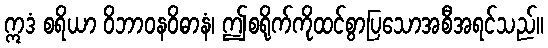
ဣဒံ စရိယာ ဝိဘာဝနဝိဓာနံ၊ ဤစရိုက်ကိုထင်စွာပြသောအစီအရင်သည်။